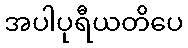
အပါပုရီယတိပေ